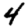
Digit: 4